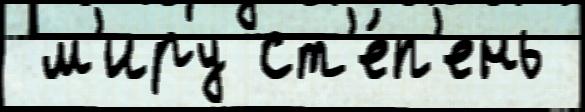
 м'иру ст'е́п'ень